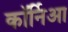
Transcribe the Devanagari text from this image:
कॉर्निआ